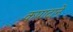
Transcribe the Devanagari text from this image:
कपाटाने